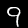
Digit: 9